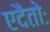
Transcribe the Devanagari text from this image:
एदैतोः